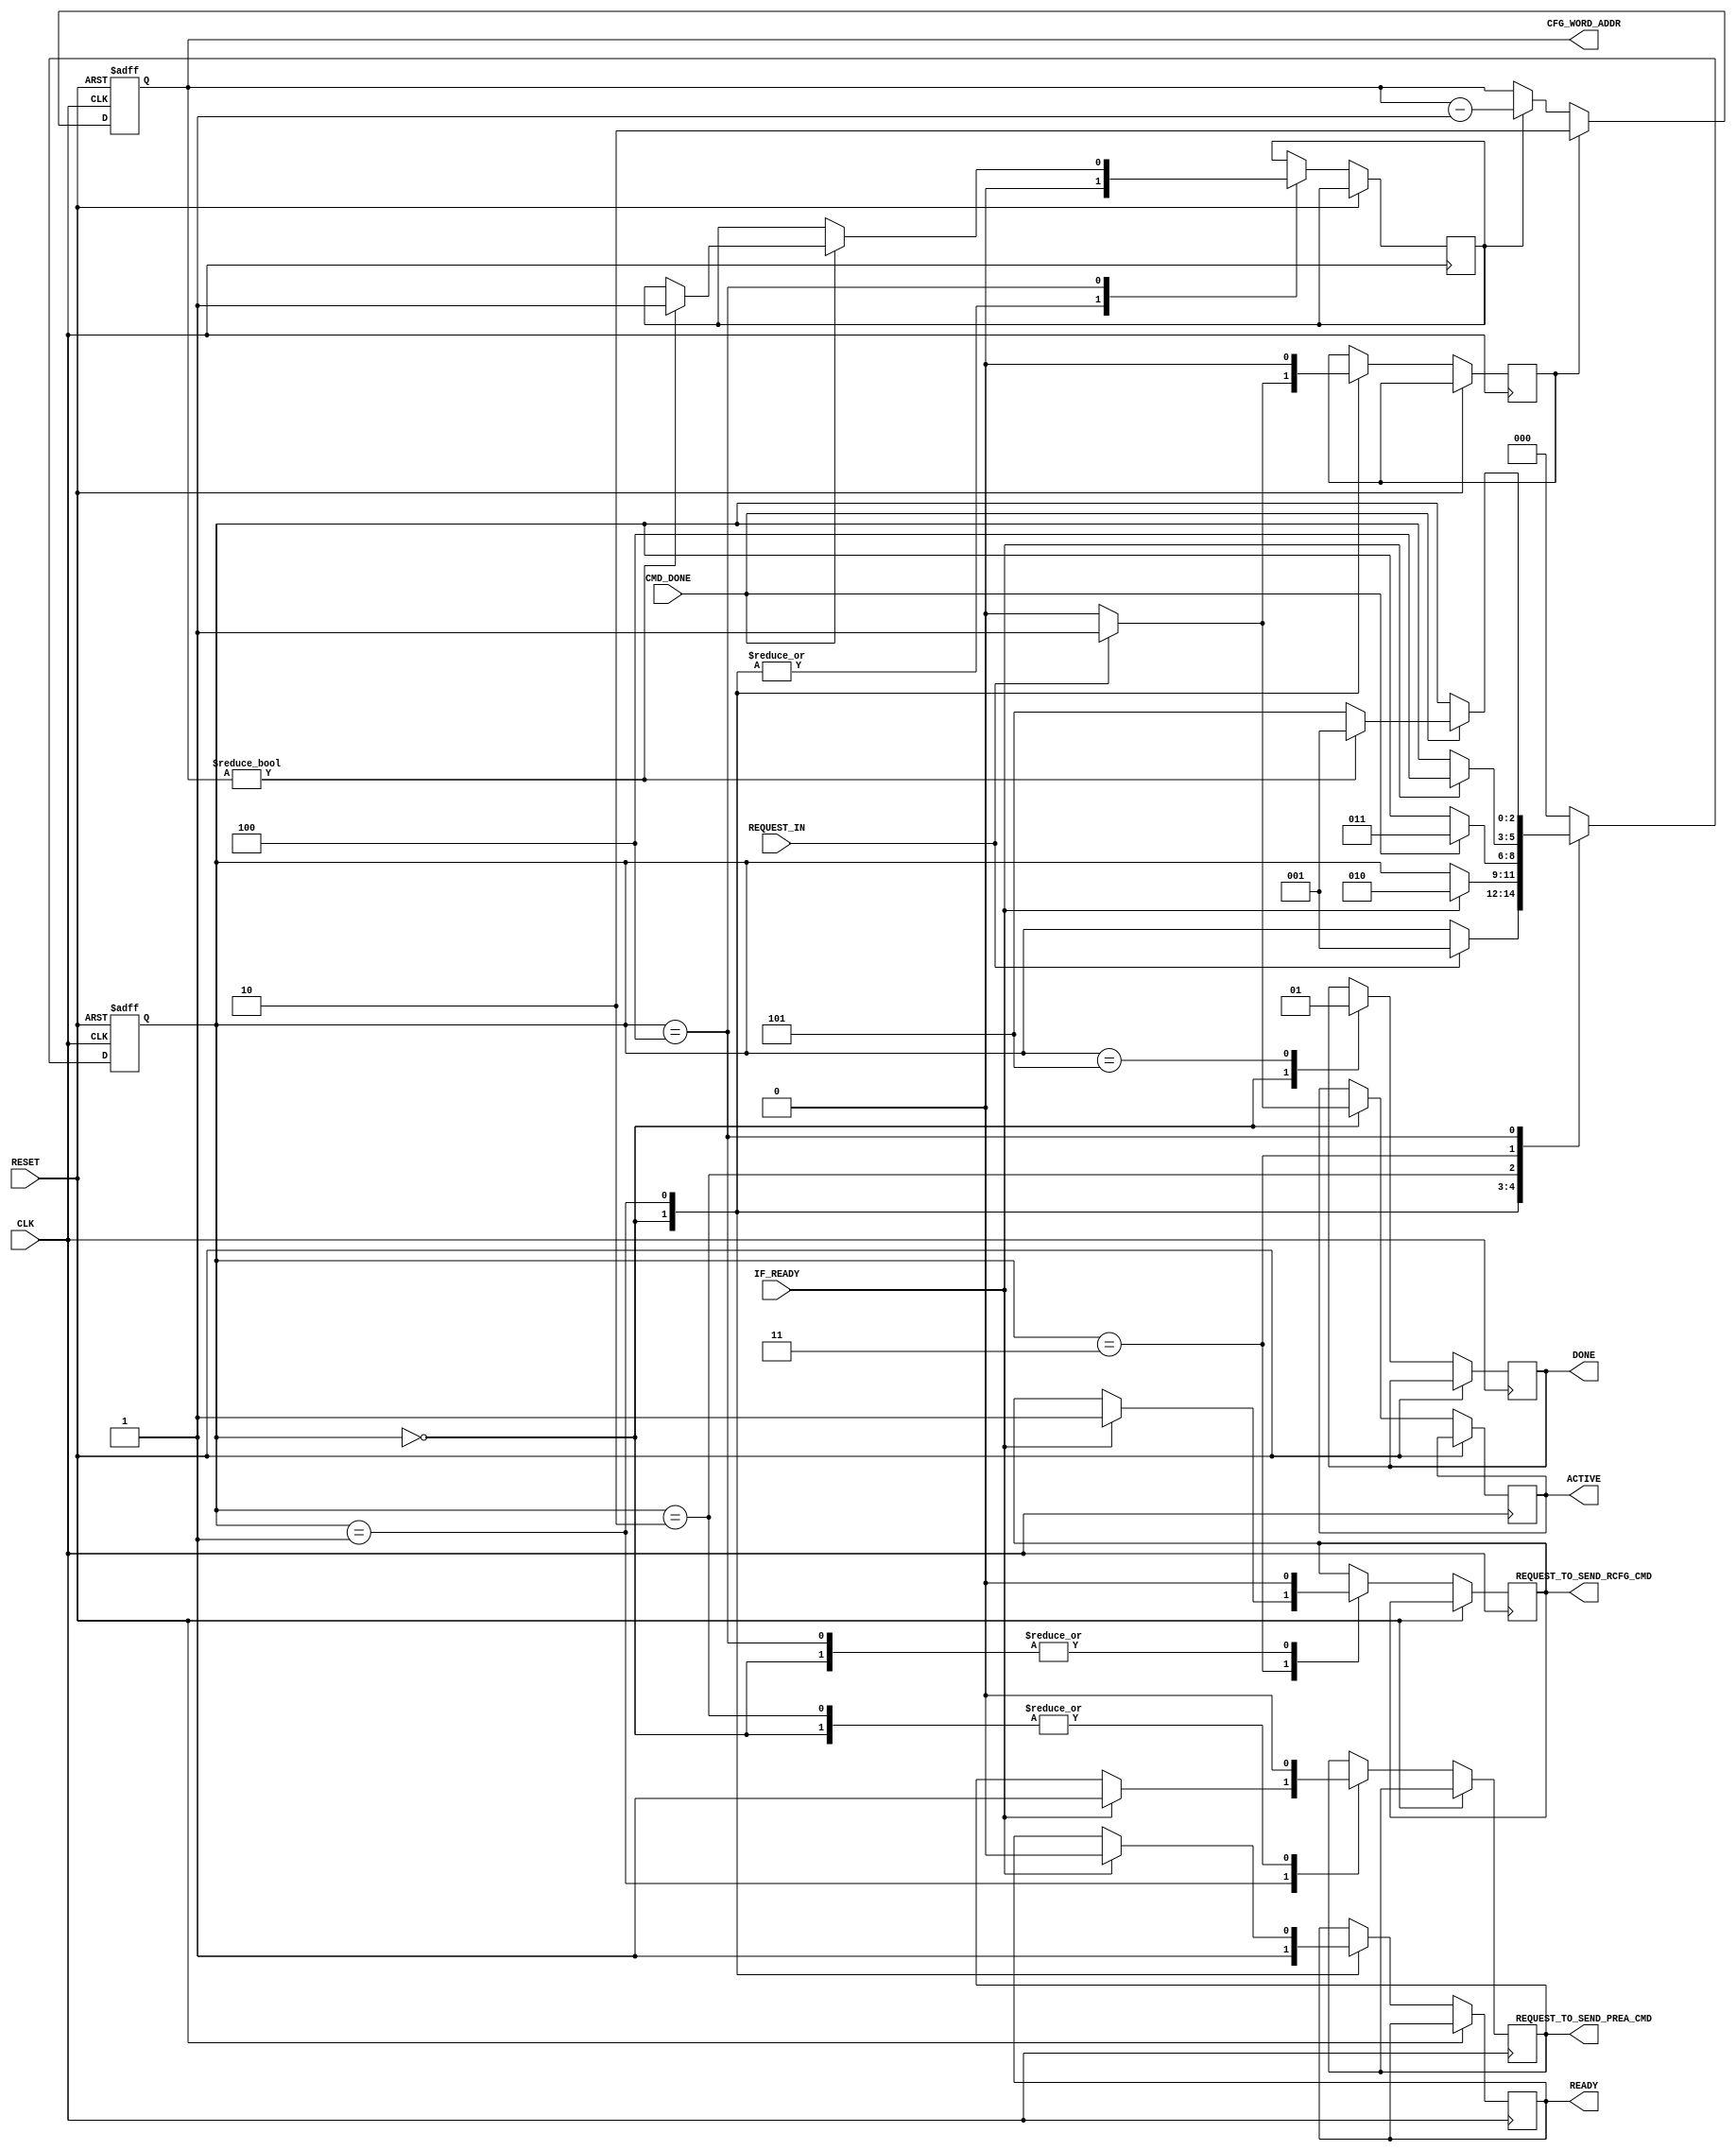
//******************************************************************************
// MBI5153 configuration registers programming
// 
// (re-)configuration of the drivers' chain:
//  1) set x = 2 (x = 3 for ICN2053)
//  2) requesting for PREA command; waiting for completing
//  3) sending the RCFG[x] command (Programming Configuration Register [x])
//  4) waiting for completing command
//  5) if (x == 0) goto (6), else { x--; goto (2) }
//  6) generating DONE strobe; Finish
//
// Initial date: 20180108
// Release History:
// 20180112 - simulation done (1st approach)
// 20180113 - sim done (2nd approach)
// 
//******************************************************************************

// synopsys translate_off
`timescale 1 ns / 10 ps
// synopsys translate_on

`default_nettype none

// define the propagation delay (for simulation)
`define PD 0

module mbi5153_rcfg
(
input wire CLK,
input wire RESET,
 
input wire  REQUEST_IN,     // request to send a CMD
output wire [1:0] CFG_WORD_ADDR, // config vector's address (0,1,2 - for RCFG1/2/3)
 
output wire REQUEST_TO_SEND_PREA_CMD,
output wire REQUEST_TO_SEND_RCFG_CMD,
input wire  CMD_DONE,       // input - command sent
 
input wire  IF_READY,       // input - the REQUEST_TO_SEND_CMD will be applied this signal is active
 
output wire READY,          // the REQUEST may be applied when this signal is active
output wire ACTIVE,         // shows that the cmd execution is running
output wire DONE            // this strobe shows that a command comletely done
);

//******************************************************************************
localparam RCFG_INIT_INDEX = 2; // index will be conunted from 2 downto 0

//******************************************************************************
reg [1:0] rcfg_cnt;
reg rcfg_cnt_ena, rcfg_cnt_load;
reg rcfg_ready, rcfg_active, rcfg_done;
reg request_prea, request_rcfg;

wire request_in  = REQUEST_IN;
wire cmd_tx_done = CMD_DONE;
wire cmd_tx_ready = IF_READY;

assign CFG_WORD_ADDR = rcfg_cnt;
assign ACTIVE = rcfg_active, READY = rcfg_ready, DONE = rcfg_done;

assign REQUEST_TO_SEND_PREA_CMD = request_prea, REQUEST_TO_SEND_RCFG_CMD = request_rcfg;

//******************************************************************************
// config register data (and appropriated command) index
always @(posedge CLK or posedge RESET)
 if (RESET)            rcfg_cnt <= RCFG_INIT_INDEX;
 else
   if (rcfg_cnt_load)  rcfg_cnt <= RCFG_INIT_INDEX;
   else
     if (rcfg_cnt_ena) rcfg_cnt <= rcfg_cnt - 1;

//******************************************************************************
// FSM
localparam FSM_RCFG_IDLE          = 0,
           FSM_RCFG_PREA          = 1,
           FSM_RCFG_WAIT_PREA     = 2,
           FSM_RCFG_RCFG          = 3,
           FSM_RCFG_WAIT_RCFG     = 4,
           FSM_RCFG_DONE          = 5;

// cfg regs fsm
reg [2:0] fsm_rcfg, fsm_rcfg_next_state;

// registered block
always @(posedge CLK or posedge RESET)
 if (RESET)   fsm_rcfg <= FSM_RCFG_IDLE;
 else         fsm_rcfg <= fsm_rcfg_next_state;

// comb block
//always @(fsm_rcfg or request_in or cmd_tx_ready or cmd_tx_done or rcfg_cnt)
always @(posedge CLK or posedge RESET)
 if (RESET)   fsm_rcfg_next_state <= FSM_RCFG_IDLE;
 else
// case (fsm_rcfg)
 case (fsm_rcfg_next_state)
//- - - - wait for the REQUEST signal - - - - - - - - - - - - - - - - - - - - - 
  FSM_RCFG_IDLE:
   begin
     rcfg_ready    <= 1; rcfg_active    <= 0; rcfg_done <= 0; 
     rcfg_cnt_ena  <= 0; rcfg_cnt_load  <= 0;
     request_prea  <= 0; request_rcfg <= 0;
            
    if (request_in)
      begin
         rcfg_active   <= 1;  // set ACTIVE flag
         rcfg_cnt_load <= 1;  // load data/cmd index
         fsm_rcfg_next_state <= FSM_RCFG_PREA;
      end
   end
//- - - - set PRE-ACTIVE - - - - - - - - - - - - - - - - - - - - - - - - - - - -
  FSM_RCFG_PREA:
   begin
     rcfg_cnt_load <= 0; rcfg_cnt_ena <= 0;
     if (cmd_tx_ready)
       begin
         rcfg_ready   <= 0;
         request_prea <= 1;
         fsm_rcfg_next_state <= FSM_RCFG_WAIT_PREA;
       end
   end
//- - - - wait for CMD PREA DONE - - - - - - - - - - - - - - - - - - - - - - - -
  FSM_RCFG_WAIT_PREA:
   begin
     request_prea <= 0;
     if (cmd_tx_done)
         fsm_rcfg_next_state <= FSM_RCFG_RCFG;
   end
//- - - - send RCFG REQUEST  - - - - - - - - - - - - - - - - - - - - - - - - - -
  FSM_RCFG_RCFG:
   begin
     if (cmd_tx_ready)
       begin
        request_rcfg <= 1;
        fsm_rcfg_next_state <= FSM_RCFG_WAIT_RCFG;
       end
   end
//- - - - wait for CMD RCFG DONE - - - - - - - - - - - - - - - - - - - - - - - -
  FSM_RCFG_WAIT_RCFG:
   begin
     request_rcfg <= 0;
     if (cmd_tx_done)
       begin
         if (rcfg_cnt != 0)
           begin
               rcfg_cnt_ena <= 1;  // enable decrement of the index counter
               fsm_rcfg_next_state <= FSM_RCFG_PREA;
           end
         else  fsm_rcfg_next_state <= FSM_RCFG_DONE;        
           
       end
   end
//- - - - generating a DONE strobe - - - - - - - - - - - - - - - - - - - - - - -
  FSM_RCFG_DONE:
   begin
     rcfg_done <= 1;
     fsm_rcfg_next_state <= FSM_RCFG_IDLE;
   end
//- - - -  - - - - - - - - - - - - - - - - - - - - - - - - - - - - - - - - - - -
  default:
   begin
//     rcfg_ready    <= 1; rcfg_active    <= 0; rcfg_done <= 0; 
//     rcfg_cnt_ena  <= 0; rcfg_cnt_load  <= 0;
//     request_prea  <= 0; request_rcfg <= 0;

     fsm_rcfg_next_state <= FSM_RCFG_IDLE;
   end
 endcase
 
 
endmodule